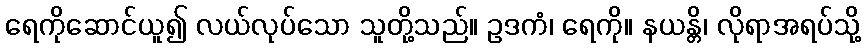
ရေကိုဆောင်ယူ၍ လယ်လုပ်သော သူတို့သည်။ ဥဒကံ၊ ရေကို။ နယန္တိ၊ လိုရာအရပ်သို့